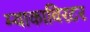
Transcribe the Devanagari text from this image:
म्याकाविरटर